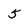
Character: 5